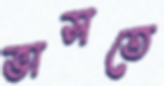
ভাসতে